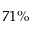
7 1 \%